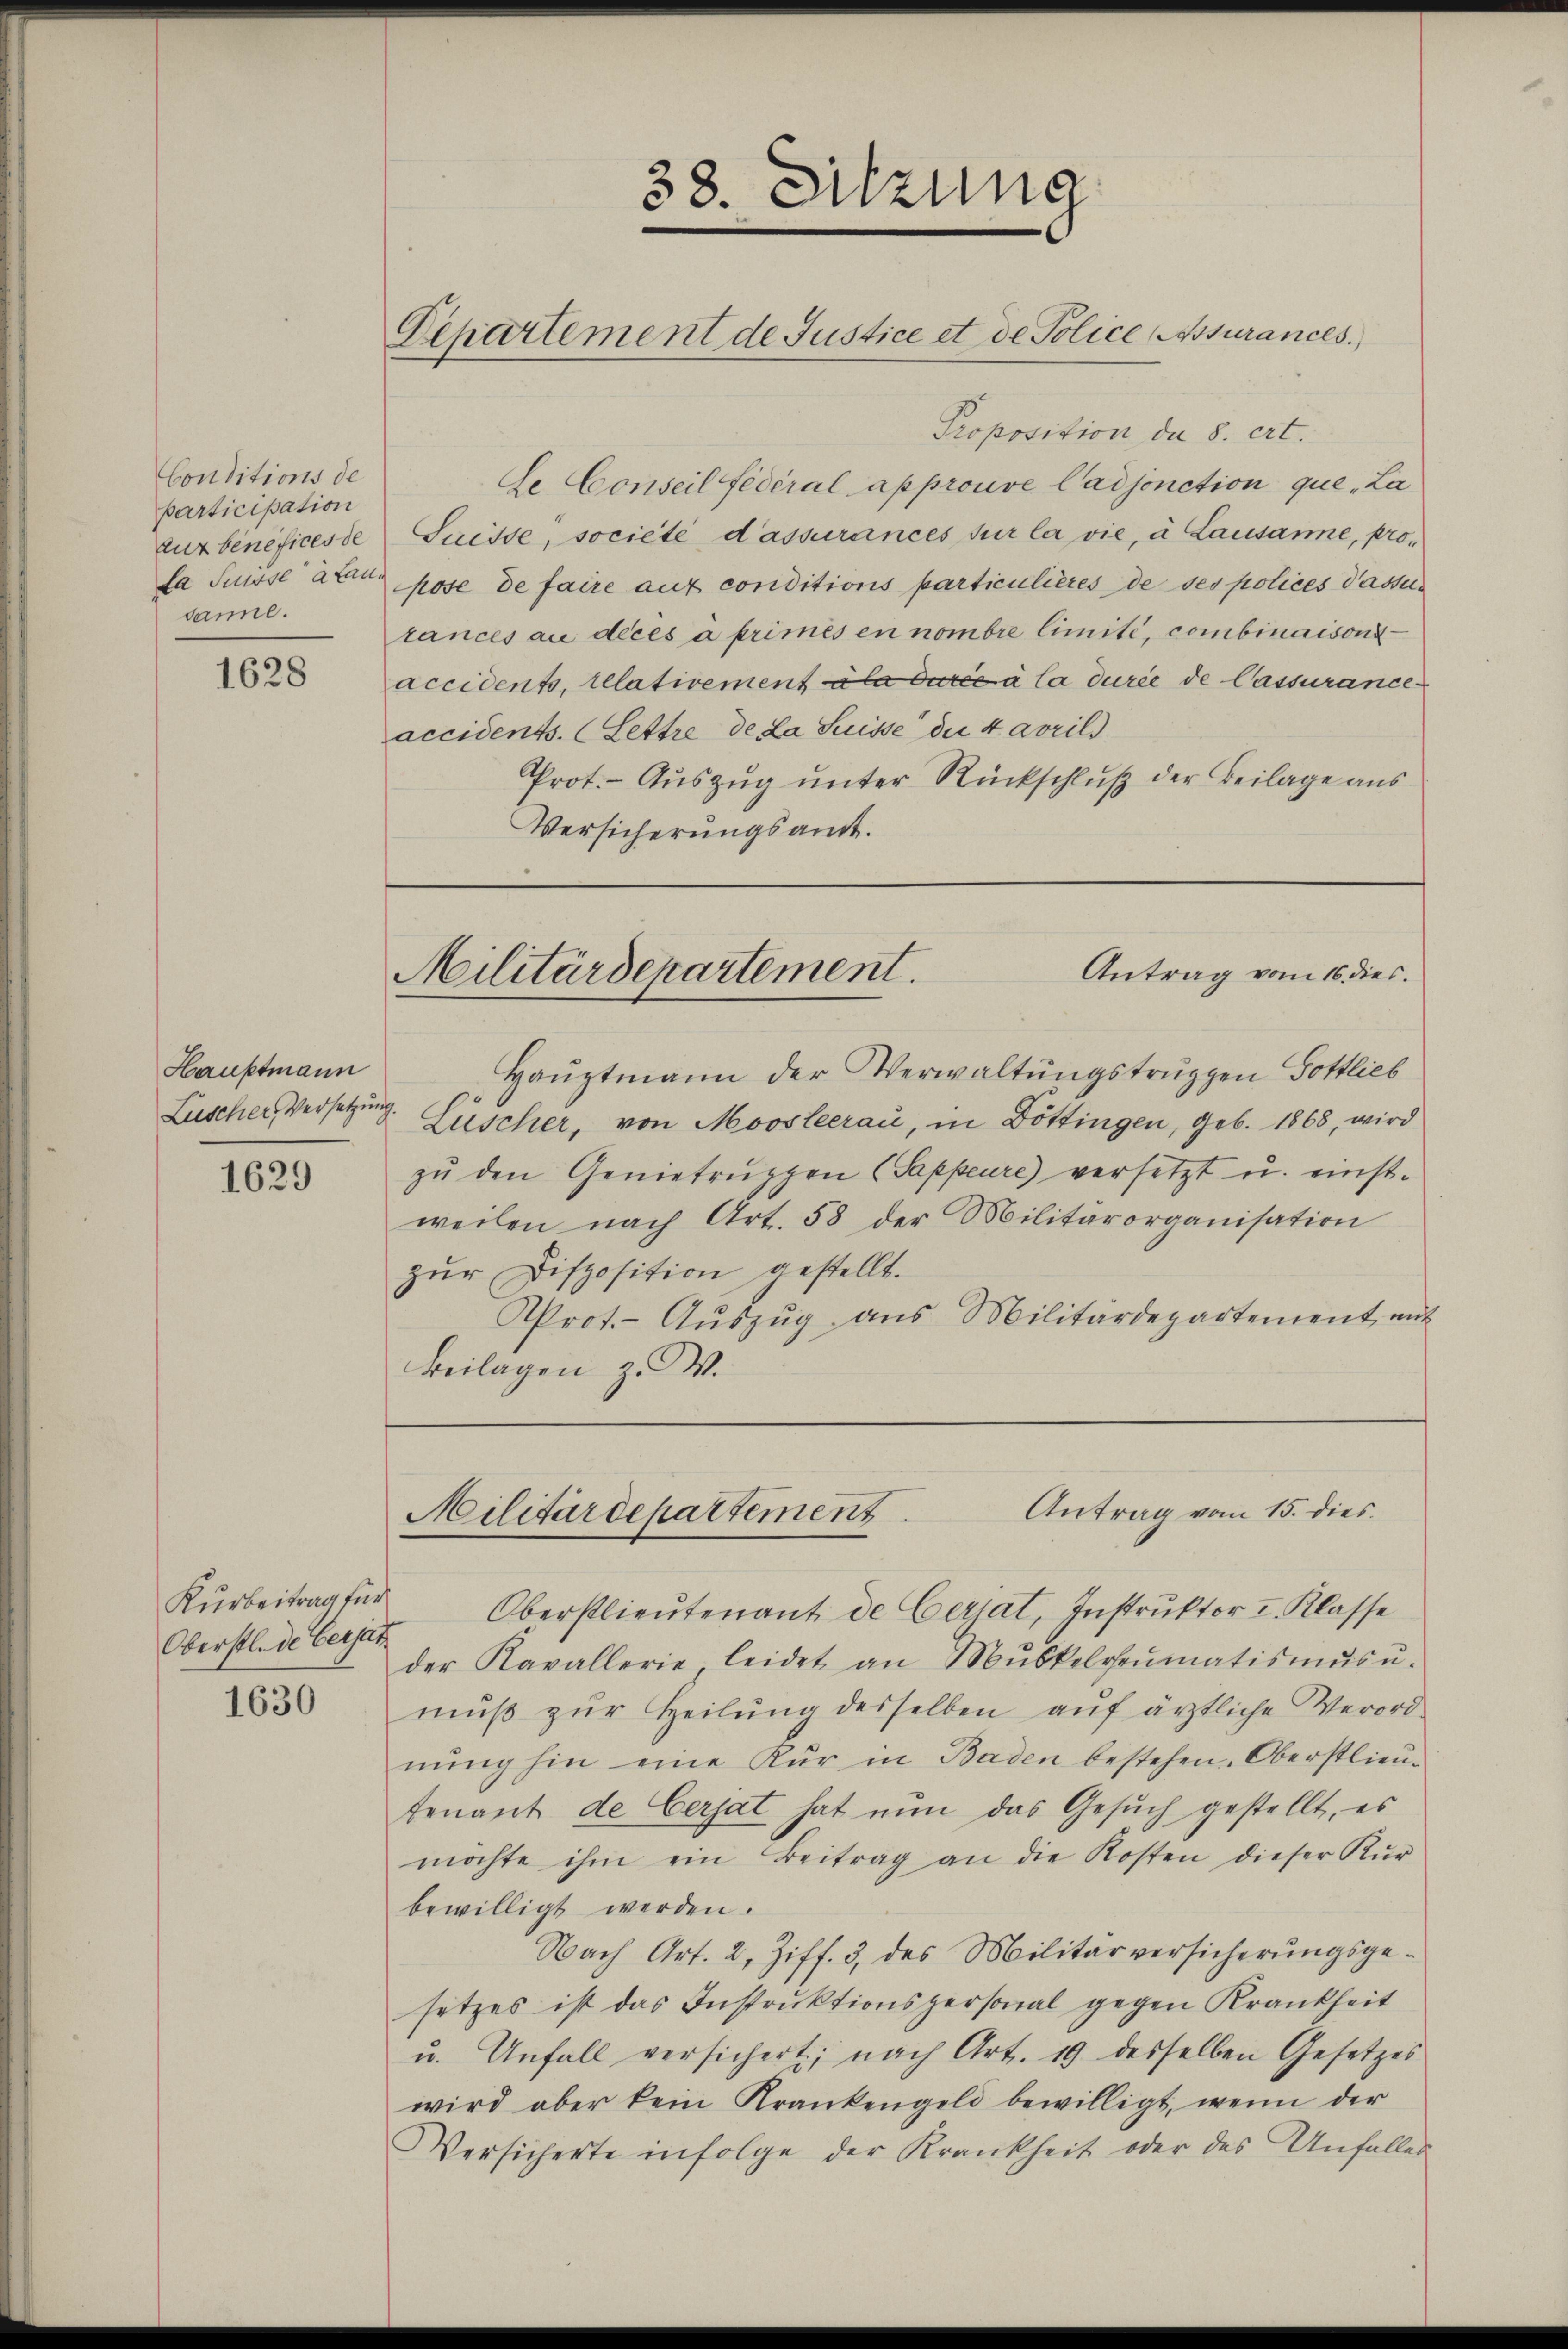
Conditions de
participation
zur benefices de
La Suisse a laudanne.

1628

Hauptmann
Luscher Versetzung.

1629

Kurbeitrag für
Oberstlade Gersatz

1630

38. Sitzung
Departement de Justice et de Police assurances.

Proposition, da 8. ert.
de Conseil fédéral approuve Cadjonction que „La
Suisse, société d’assurances sur la vie, à Lausanne, propose de faire auf conditions particulières de ses polices Passitances au deces à primés en nombre limité, combinaisons
accidents, relativement la durée à la durée de Cassurance
accidents. (Lettre de La Suisse der 4 avrili
Prot. - Auszug unter Rückschluß der Beilage aus
Versicherungsamt.

Antrag vom 16. dies.
Militärdepartement.

Haŭptmann der Verwaltŭngstruppen Gottlieb
Lüscher, von Moosleerau, in Döttingen, geb. 1868, wird
zŭ den Genietrŭppen (Sappeure) versetzt u. einstweilen nach Art. 58 der Militärorganisation
zŭr Disposition gestellt.
Prot.- Aŭszŭg ans Militärdepartement mit
Beilagen z. W.

Antrag vom 15. dies
Militärdepartement

Oberstlieutenant de Certat, Instruktor I. Klasse
der Kavallerie, leidet an Mŭskelreŭmatismŭsŭ-
mŭβ zŭr Heilŭng desselben aŭf ärztliche Verord-
nung hin eine Kur in Baden bestehen Oberstlieutenant de Cerjat hat nun das Gesuch gestellt, es
möchte ihm ein Beitrag an die Kosten dieser Kür
bewilligt werden.
Nach Art. 2, Ziff. 3, des Militärversicherŭngsge-
setzes ist das Instruktionspersonal gegen Krankheit
u. Anfall versichert; nach Art. 19 desselben Gesetzes
wird aber kein Krankengeld bewilligt, wenn der
Versicherte infolge der Krankheit oder des Unfalles